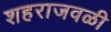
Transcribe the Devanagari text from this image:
शहराजवळी